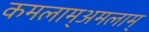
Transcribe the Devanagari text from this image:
कमलाम्अमलाम्